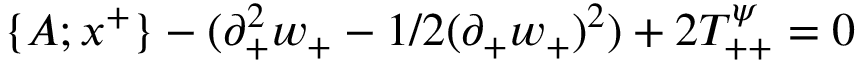
\{ A ; x ^ { + } \} - ( \partial _ { + } ^ { 2 } w _ { + } - 1 / 2 ( \partial _ { + } w _ { + } ) ^ { 2 } ) + 2 T _ { + + } ^ { \psi } = 0